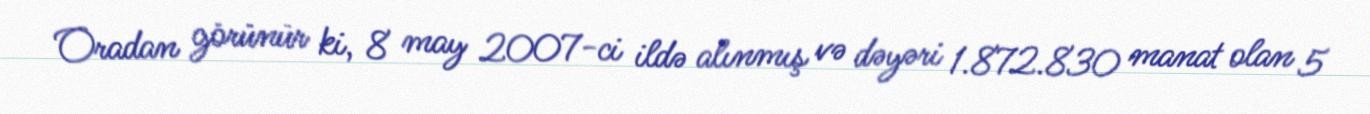
Oradan görünür ki, 8 may 2007-ci ildə alınmış və dəyəri 1.872.830 manat olan 5